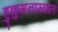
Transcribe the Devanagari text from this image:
हुकुमनाम्यात